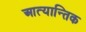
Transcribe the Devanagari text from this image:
आत्यान्तिक